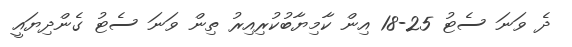
ދެ ވަނަ ސެޓު 25-18 އިން ކާމިޔާބުކުރިއިރު ތިން ވަނަ ސެޓު ގެންދިޔައީ